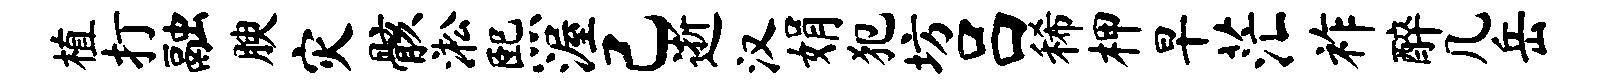
植打融腴灾骸淞熙渥己逝汉娟犯坊吕稀柙早茫祚醉几岳